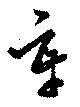
辛